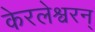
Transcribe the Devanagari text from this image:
केरलेश्वरन्